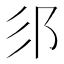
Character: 𮟫